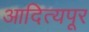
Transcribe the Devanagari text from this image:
आदित्यपूर